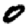
Digit: 0